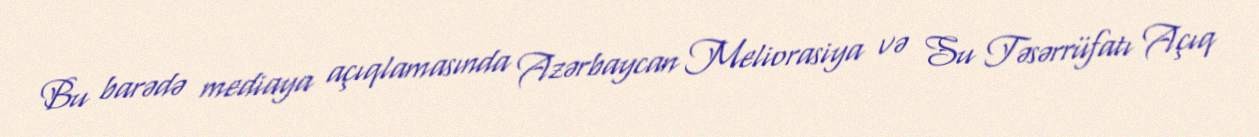
Bu barədə mediaya açıqlamasında Azərbaycan Meliorasiya və Su Təsərrüfatı Açıq